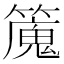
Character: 𥴯